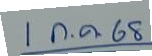
1 ก.ค. 68